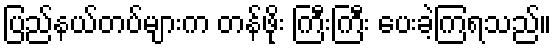
ပြည်နယ်တပ်များက တန်ဖိုး ကြီးကြီး ပေးခဲ့ကြရသည်။